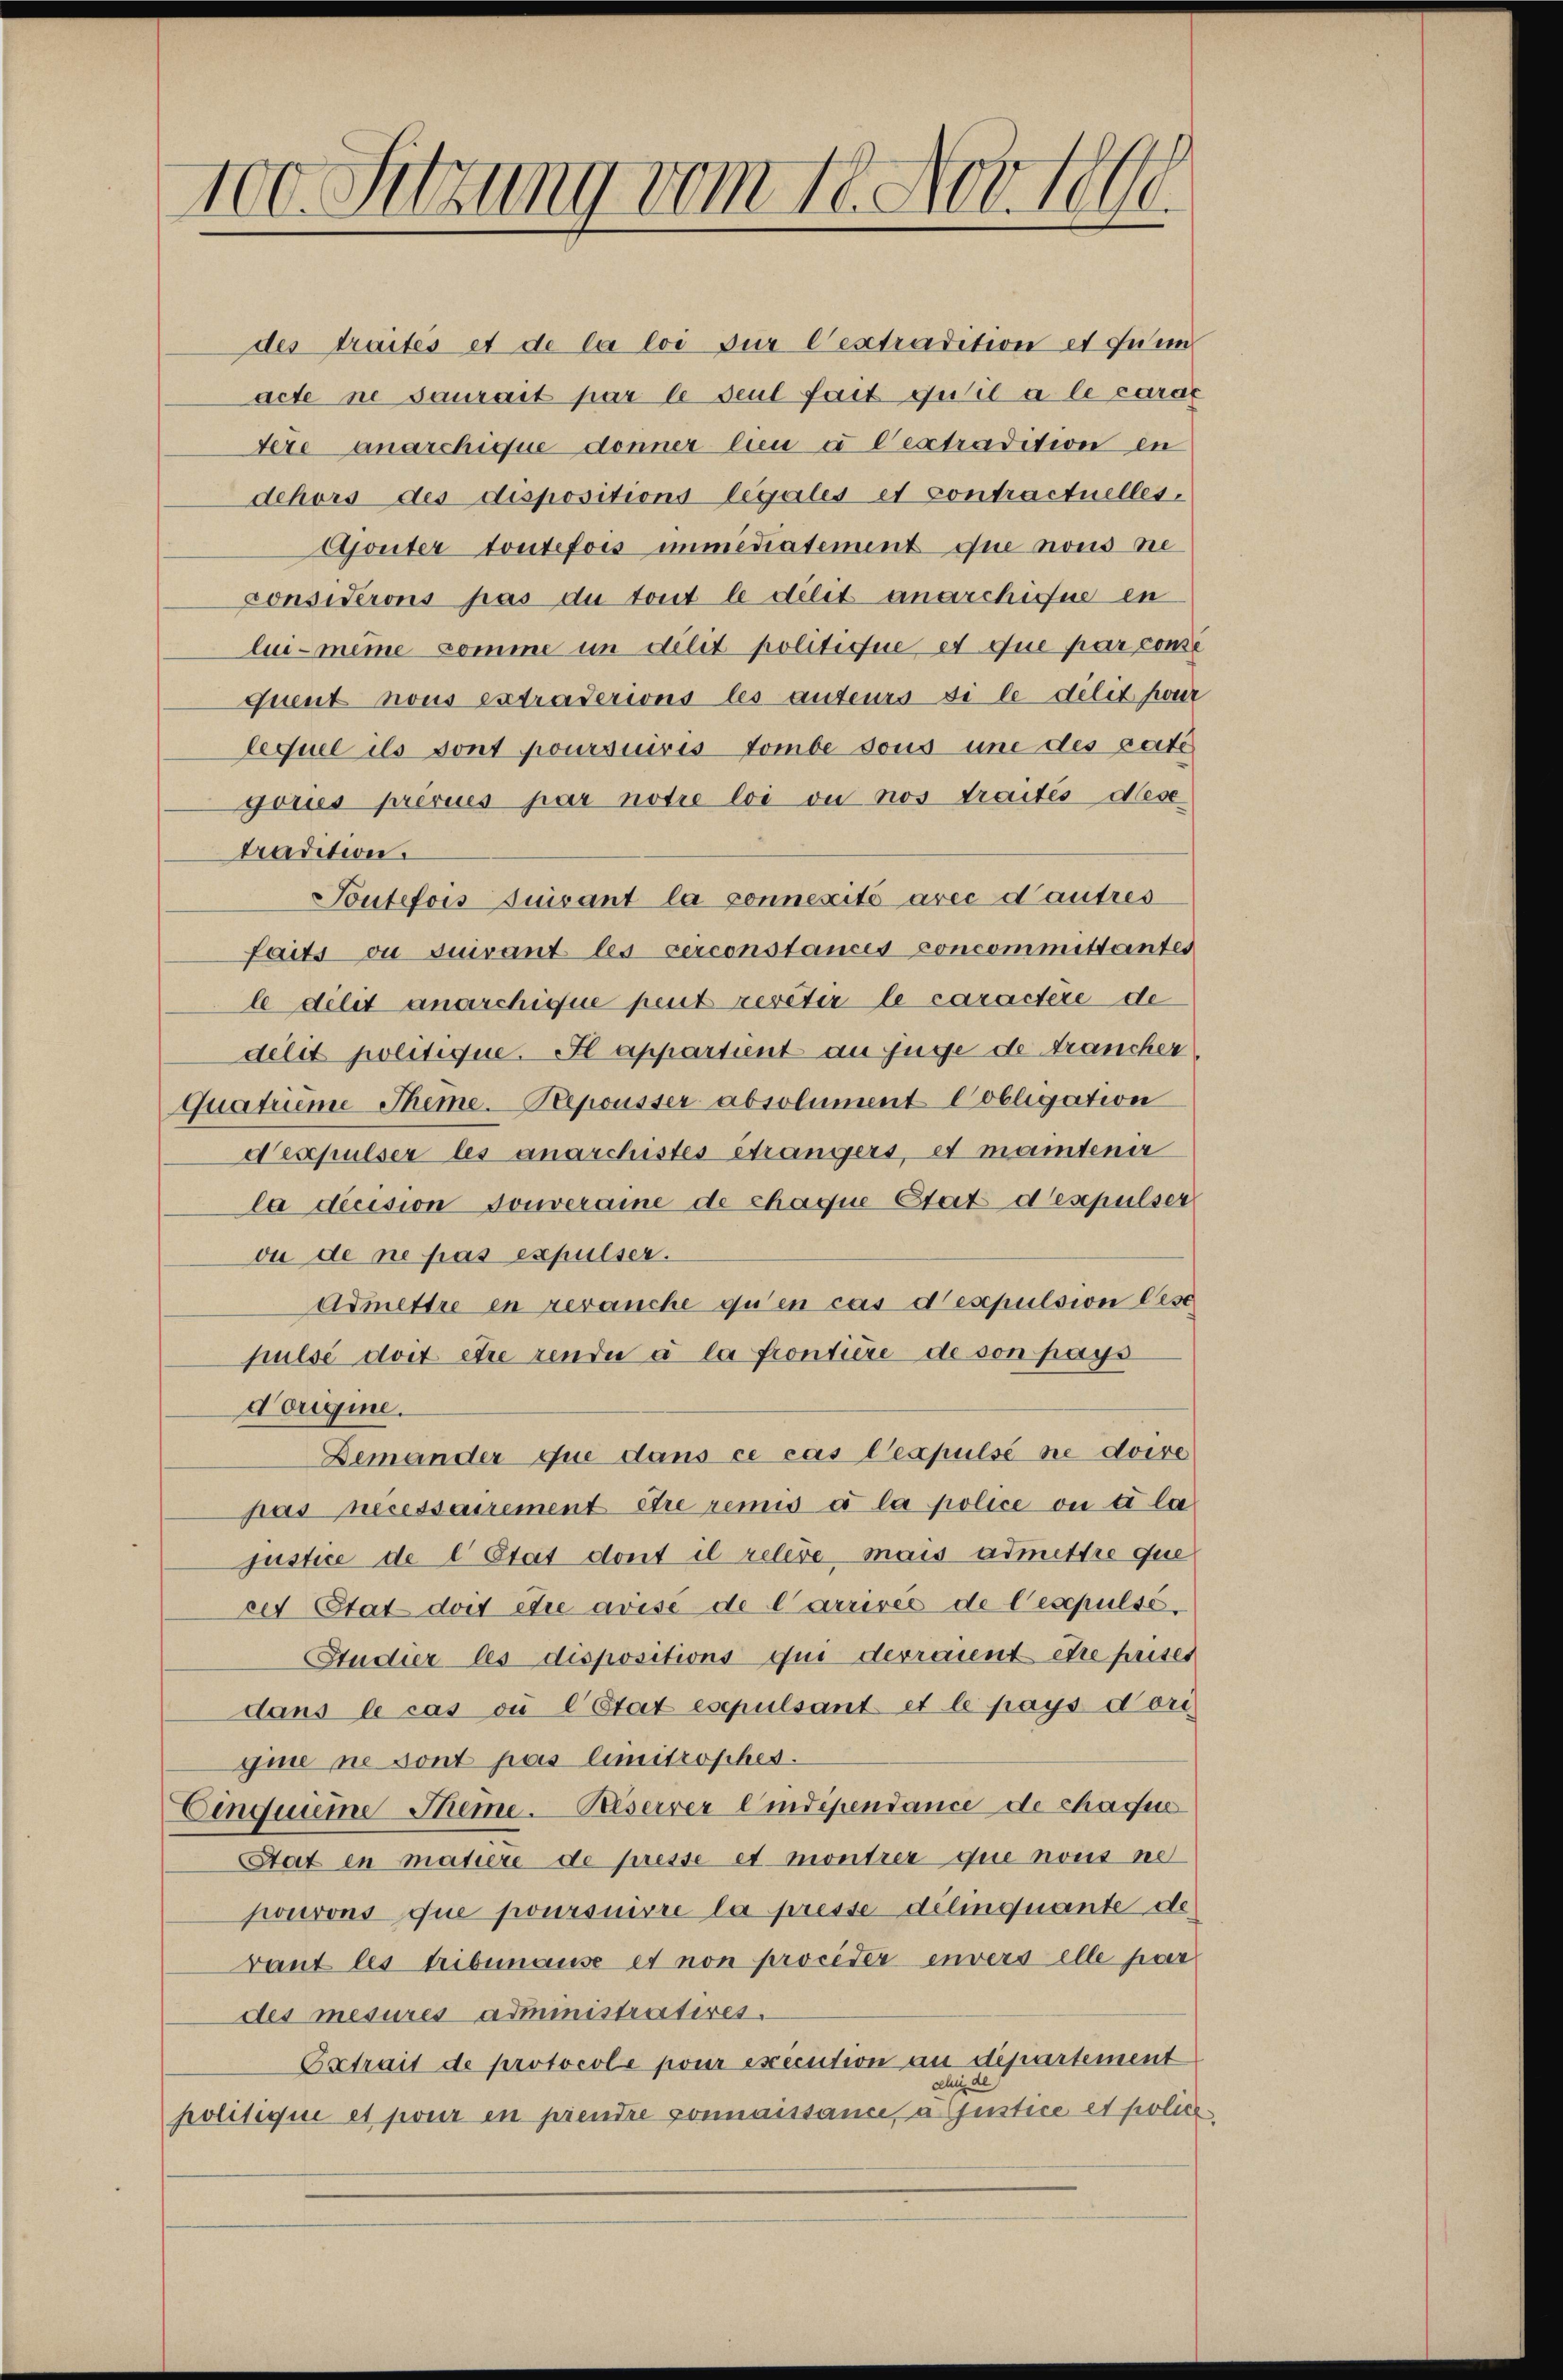
100. Sitzung vom 18. Nov. 1890.

des traités et de la loi sur lextradition et fein
acte ne saurait par le seul fait qu’il a le carac
dere anarchique donner lieu à Cextradition in
dehors des dispositions legales et contractuelles
Ajonter toutefois immediatement que nous ne
considérons pas du tout le délit anarchiffe en
lui-même komme im délit politiciue et que par conse
Quent nous extraverions les auteurs si le dilit par
lequel ils sont poursuives tombe sous une des geste
goues présues par notre loi ou nos traités desetradition.
Toutefois suivant la connexité avec d’autres
Saits ou suivant les serconstances concommittantes
le delit anarchique peut reveter le caractère de
délit politique. Il appartient au juge de Francher
Quatrime Theme. Repousser absolument Cobligation
dexpulser les anarchistes étrangers, et mantene
la decision Souveraine de chaque Etat d’espulser
ou de ne pas expulser.
Admettre en revanche qu’en cas d’espulsion lase
pulse doit être rende à la frontiere de son pays
Dorique.
Demander que dans ce cas Cespulse ne doive
pas necessairement être remis à la police ou to la
justice de l Etat dont il releve mais admettre que
cet Etat dort etie arise de Carrivée de l’espulse,
Studier-les dispositions qui devraient être prises
dans le cas ou l’Etat esepulsant et le pays dori
gine ne sont pas limitrophes.
Einquieme Theme. Biserrer lindépendance de chacun
Stat in matiere de presse et montrer que nous ne
pourons que poursuivre la presse delinquante de
vant les tribunause et non procider invers elle par
des mesures administratives.
Extrait de protocole pour execution an departement
u
politique et pour en prendre connaissancesa justice et police